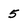
Character: 5